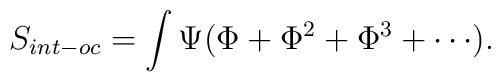
S_{int-oc} = \int \Psi (\Phi + \Phi^2 + \Phi^3 + \cdots).